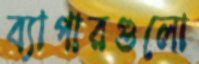
ব্যাপারগুলো